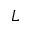
L